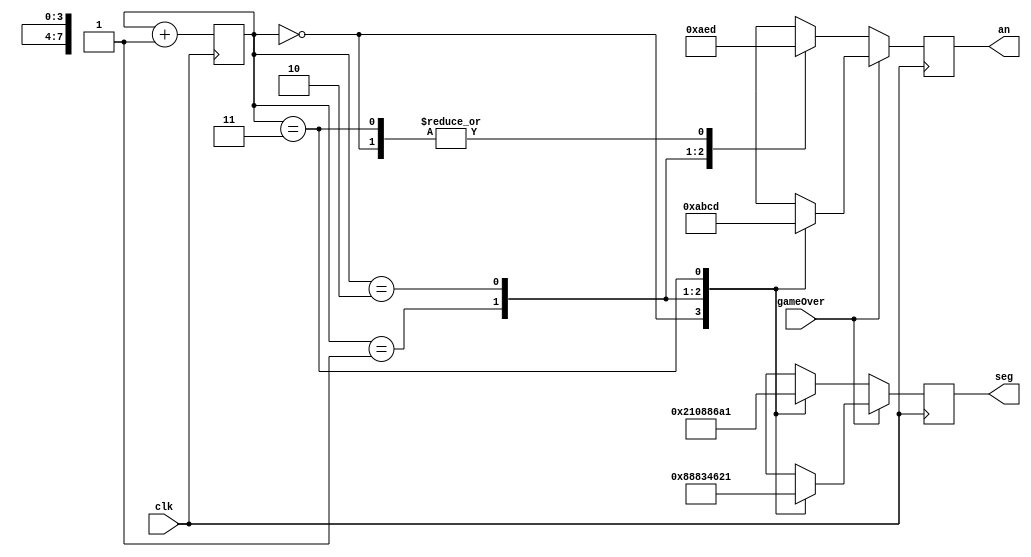
//////////////////////////////////////////////////////////////////////////
module Segment_display(clk, gameOver, an, seg);
	
	input clk;
	// is blue dead? is red dead?
	input gameOver;
	output [7:0] seg;
	output [3:0] an;
	
	reg [7:0] segments;
	reg [3:0] anodes;
	
	reg [1:0] count;
	
	always @ (posedge clk) begin
      if (gameOver) begin
			case (count)
				0:begin
					anodes <= 4'b1010;
					segments <= 8'b10001000; // 't'
				end
				1:begin
					anodes <= 4'b1011;
					segments <= 8'b10000011; // 'i'
				end
				2:begin
					anodes <= 4'b1100;
					segments <= 8'b01000110; // 'e'
				end
				3:begin
					anodes <= 4'b1101;
					segments <= 8'b00100001; // empty
				end
			endcase
		end 
		else begin
			case (count)
				0:begin
					anodes <= 4'b1101;
					segments <= 8'b00100001; // '-' segments <= 8'b10111111;
				end
				1:begin
					anodes <= 4'b1010;
					segments <= 8'b00001000; // '-'
				end
				2:begin
					anodes <= 4'b1110;
					segments <= 8'b10000110; // '-'
				end
				3:begin
					anodes <= 4'b1101;
					segments <= 8'b10100001; //  '-'
				end
			endcase
		end
		
		count <= count + 1;
	end
	
	assign an = anodes;
	assign seg = segments;
	
endmodule
// Segment_display
//////////////////////////////////////////////////////////////////////////////////